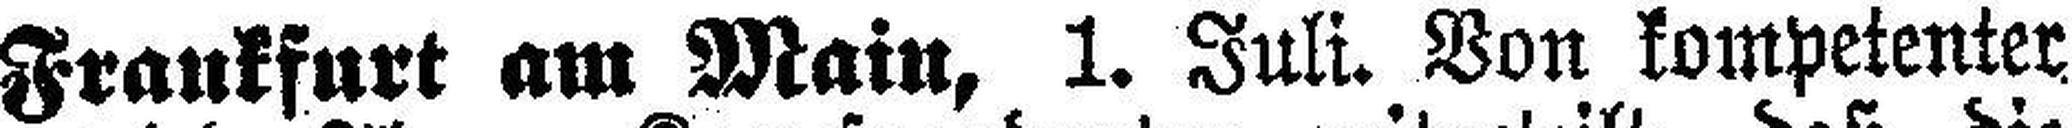
Frankfurt am Main, 1. Juli. Von kompetenter